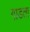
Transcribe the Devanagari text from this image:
गाडता